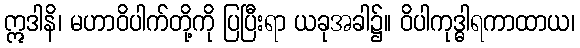
ဣဒါနိ၊ မဟာဝိပါက်တို့ကို ပြပြီးရာ ယခုအခါ၌။ ဝိပါကုဒ္ဓါရကာထာယ၊